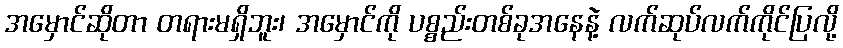
အမှောင်ဆိုတာ တရားမရှိဘူး၊ အမှောင်ကို ပစ္စည်းတစ်ခုအနေနဲ့ လက်ဆုပ်လက်ကိုင်ပြလို့